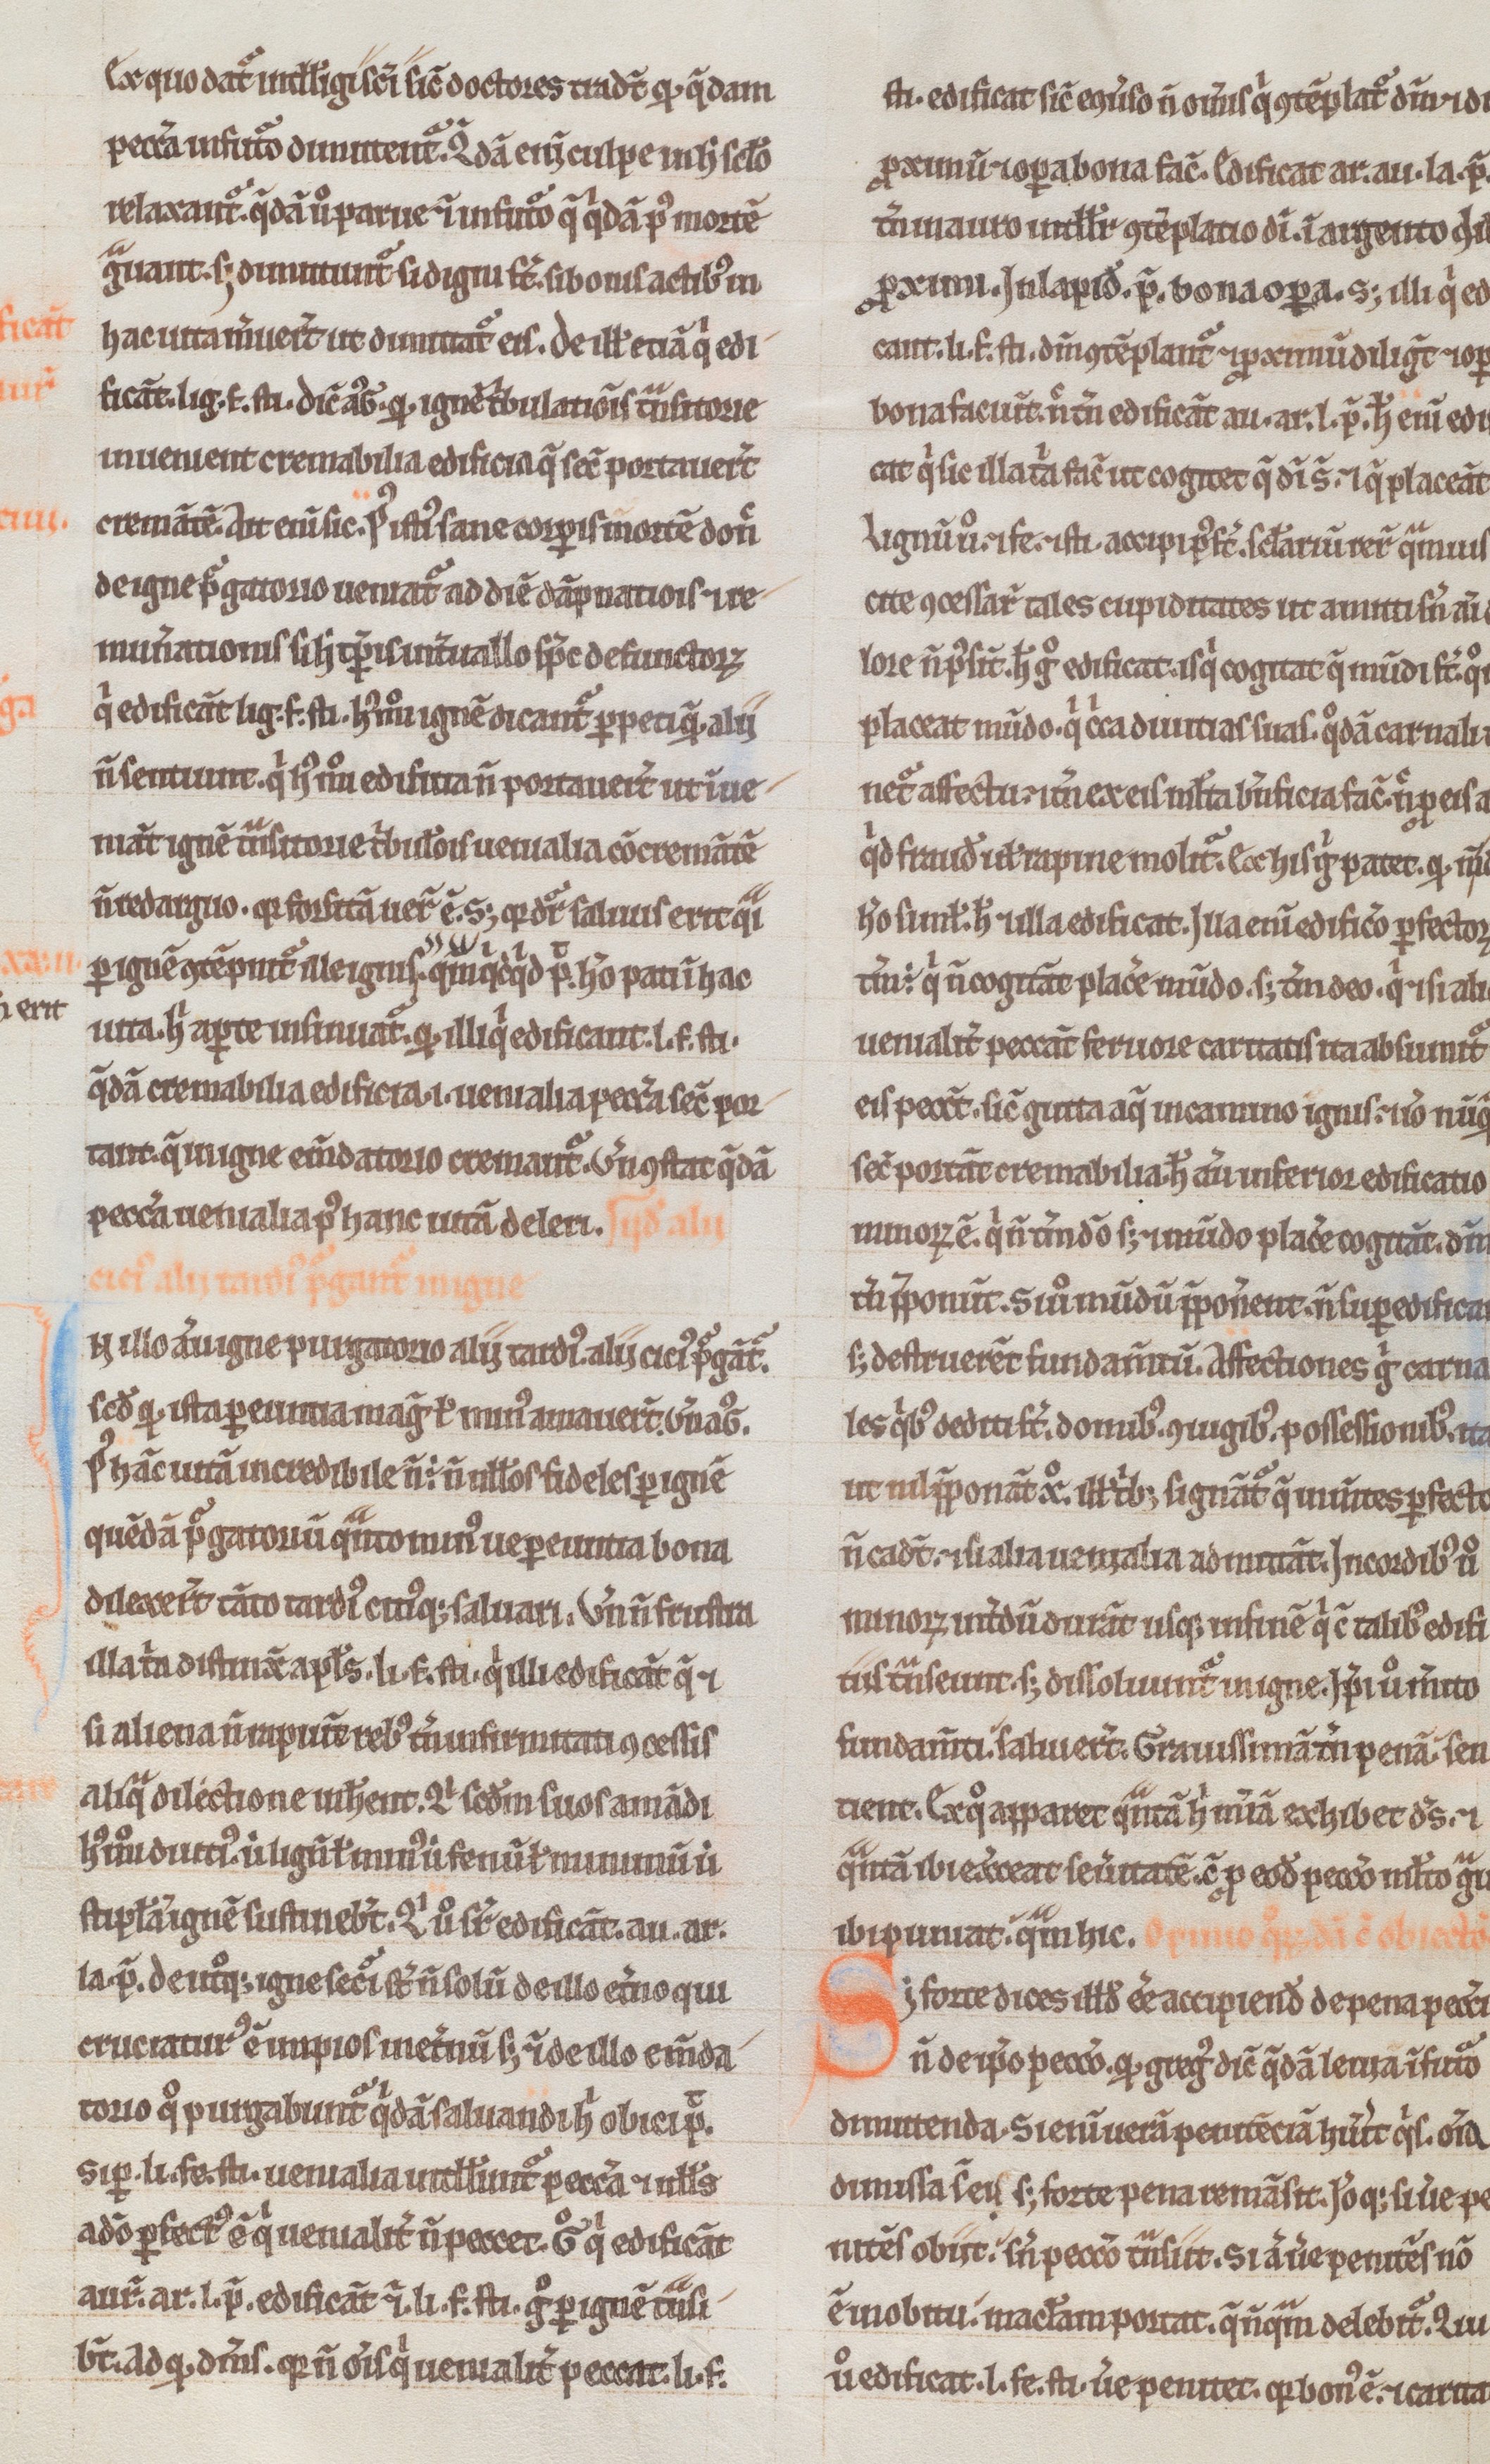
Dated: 1180–1190